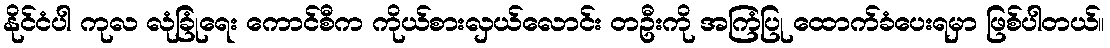
နိုင်ငံပါ ကုလ လုံခြုံရေး ကောင်စီက ကိုယ်စားလှယ်လောင်း တဦးကို အကြံပြု ထောက်ခံပေးရမှာ ဖြစ်ပါတယ်။